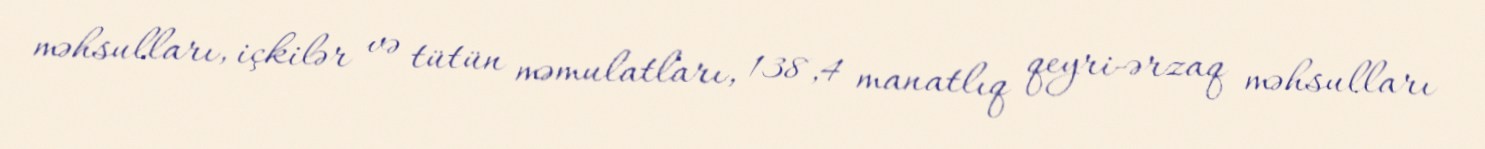
məhsulları, içkilər və tütün məmulatları, 138,4 manatlıq qeyri-ərzaq məhsulları